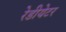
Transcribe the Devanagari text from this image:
रेडीयेटर